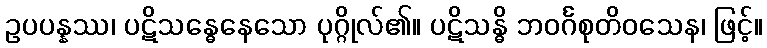
ဥပပန္နဿ၊ ပဋိသန္ဓေနေသော ပုဂ္ဂိုလ်၏။ ပဋိသန္ဓိ ဘဝင်္ဂစုတိဝသေန၊ ဖြင့်။